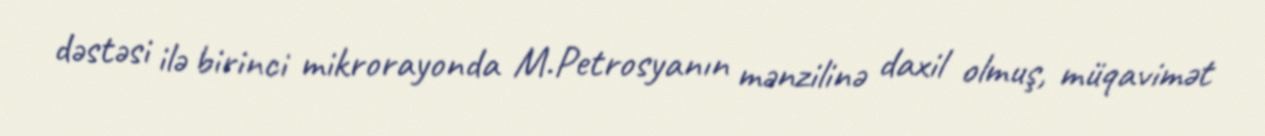
dəstəsi ilə birinci mikrorayonda M.Petrosyanın mənzilinə daxil olmuş, müqavimət